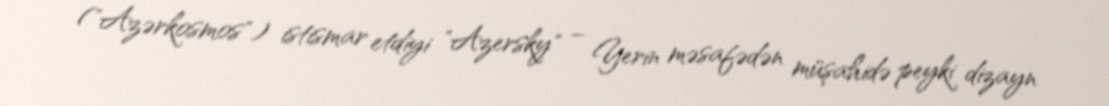
("Azərkosmos") istismar etdiyi "Azersky" – Yerin məsafədən müşahidə peyki dizayn